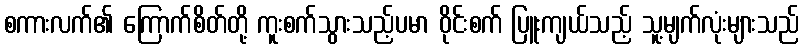
စကားလက်၏ ကြောက်စိတ်တို့ ကူးစက်သွားသည့်ပမာ ဝိုင်းစက် ပြူးကျယ်သည့် သူ့မျက်လုံးများသည်